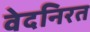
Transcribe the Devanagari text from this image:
वेदनिरत